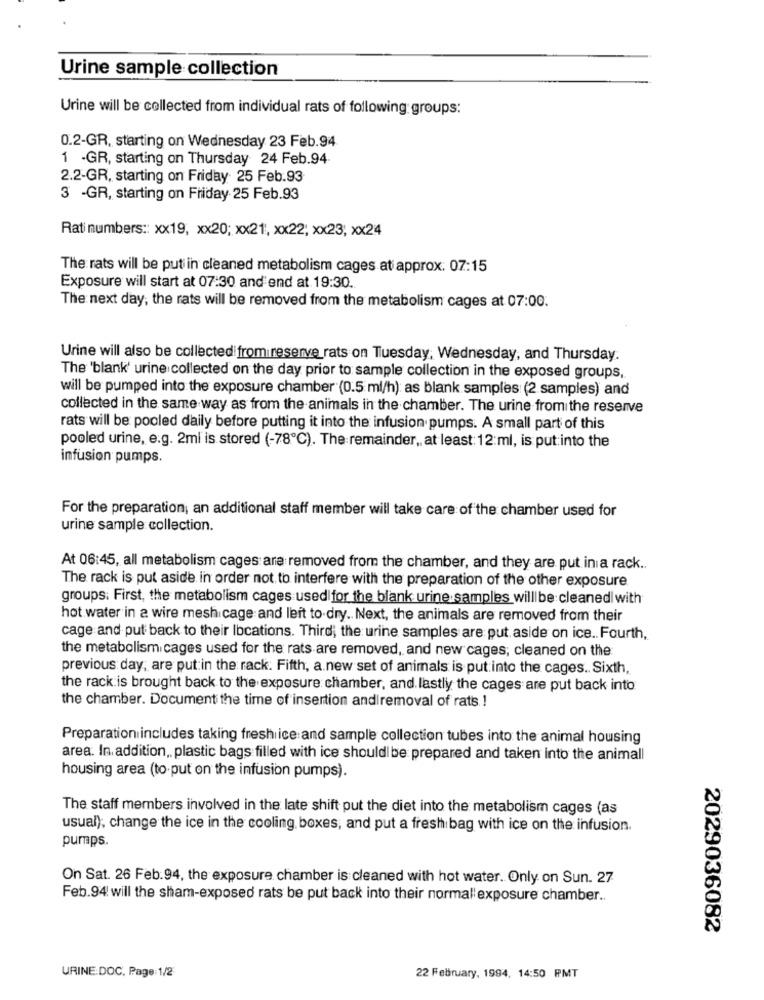
Urine sample collection
Urine will be collected from individual rats of following groups:
0.2-GR, starting on Wednesday 23 Feb.94
1 -GR, starting on Thursday 24 Feb.94.
2.2-GR, starting on Friday 25 Feb.93
3 -GR, starting on Friday 25 Feb.93
Rat numbers :: xx19, xx20; xx21, xx22; xx23; xx24
The rats will be put in cleaned metabolism cages at approx: 07:15
Exposure will start at 07:30 and end at 19:30.
The next day, the rats will be removed from the metabolism cages at 07:00.
Urine will also be collectedi fromireserve rats on Tuesday, Wednesday, and Thursday.
The 'blank' urine collected on the day prior to sample collection in the exposed groups,
will be pumped into the exposure chamber (0.5 ml/h): as blank samples (2 samples) and
collected in the same way as from the animals in the chamber. The urine from the reserve
rats will be pooled daily before putting it into the infusion pumps. A small part of this
pooled urine, e.g. 2ml is stored (-78℃). The remainder ,, at least: 12:ml, is put into the
infusion pumps.
For the preparation; an additional staff member will take care of the chamber used for
urine sample collection.
At 06:45, all metabolism cages are removed from the chamber, and they are put inia rack ..
The rack is put aside in order not to interfere with the preparation of the other exposure
groups: First, the metabolism cages used for the blank urine samples willbe cleaned with
hot water in a wire mesh cage and left to dry .. Next, the animals are removed from their
cage and put back to their Ibcations. Third; the urine samples are put aside on ice .. Fourth,
the metabolism cages used for the rats are removed, and new cages; cleaned on the
previous day, are put in the rack. Fifth, a new set of animals is put into the cages .. Sixth,
the rack is brought back to the exposure chamber, and. lastly the cages are put back into
the chamber. Document the time of insertion andiremoval of rats. !
Preparation includes taking fresh ice and sample collection tubes into the animal housing
area. In addition, plastic bags filled with ice should be prepared and taken into the animall
housing area (to put on the infusion pumps).
The staff members involved in the late shift put the diet into the metabolism cages (as
usual), change the ice in the cooling boxes, and put a fresh bag with ice on the infusion.
pumps.
On Sat. 26 Feb:94, the exposure chamber is cleaned with hot water. Only on Sun. 27
Feb.94 will the sham-exposed rats be put back into their normal'exposure chamber ..
2029036082
URINE:DOC, Page 1/2
22 February, 1994, 14:50 PMT